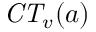
{ \mathit { C T } } _ { v } ( a )